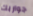
جواربك